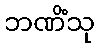
ဘဏိံသု